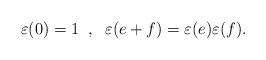
LaTeX: \begin{align*} \varepsilon( 0 ) = 1\;\;,\;\; \varepsilon( e+f ) = \varepsilon( e )\varepsilon( f ).\end{align*}